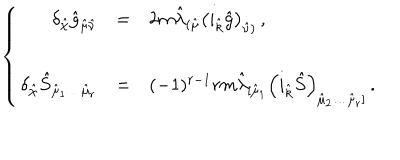
LaTeX: \left\{ \begin{array} { r c l } { { \delta _ { \hat { \chi } } \hat { g } _ { \hat { \mu } \hat { \nu } } } } & { { = } } & { { 2 m \hat { \lambda } _ { ( \hat { \mu } } \left( i _ { \hat { k } } \hat { g } \right) _ { \hat { \nu } ) } \, , } } \\ { { } } & { { } } & { { } } \\ { { \delta _ { \hat { \chi } } \hat { S } _ { \hat { \mu } _ { 1 } \ldots \hat { \mu } _ { r } } } } & { { = } } & { { ( - 1 ) ^ { r - 1 } r m \hat { \lambda } _ { [ \hat { \mu } _ { 1 } } \left( i _ { \hat { k } } \hat { S } \right) _ { \hat { \mu } _ { 2 } \ldots \hat { \mu } _ { r } ] } \, . } } \\ \end{array} \right.